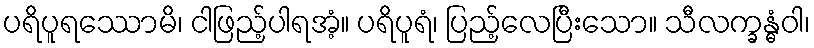
ပရိပူရဿောမိ၊ ငါဖြည့်ပါရအံ့။ ပရိပူရံ၊ ပြည့်လေပြီးသော။ သီလက္ခန္ဓံဝါ၊